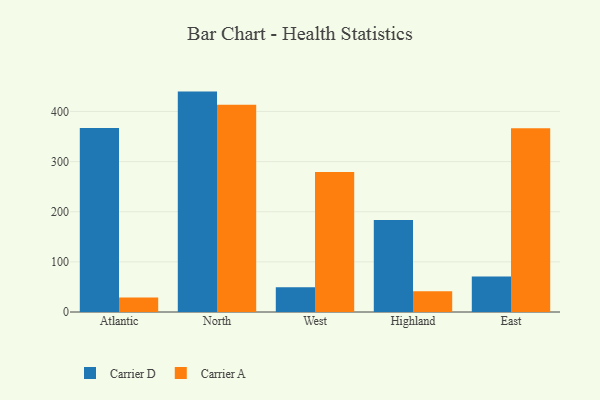
{"axis": {"x": "Region", "y": "Production Output"}, "legend": ["Carrier A", "Carrier D"], "data": [{"x": "Atlantic", "y": 367.0, "type": "Carrier D"}, {"x": "Atlantic", "y": 29.1, "type": "Carrier A"}, {"x": "North", "y": 439.6, "type": "Carrier D"}, {"x": "North", "y": 413.4, "type": "Carrier A"}, {"x": "West", "y": 49.2, "type": "Carrier D"}, {"x": "West", "y": 279.0, "type": "Carrier A"}, {"x": "Highland", "y": 183.6, "type": "Carrier D"}, {"x": "Highland", "y": 41.3, "type": "Carrier A"}, {"x": "East", "y": 70.9, "type": "Carrier D"}, {"x": "East", "y": 366.4, "type": "Carrier A"}]}